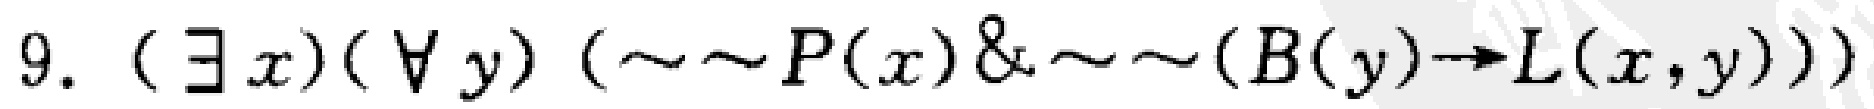
$9.\ (\exists x)(\forall y)\ (\sim\sim P(x)\&\sim\sim (B(y)\to L(x,y)))$